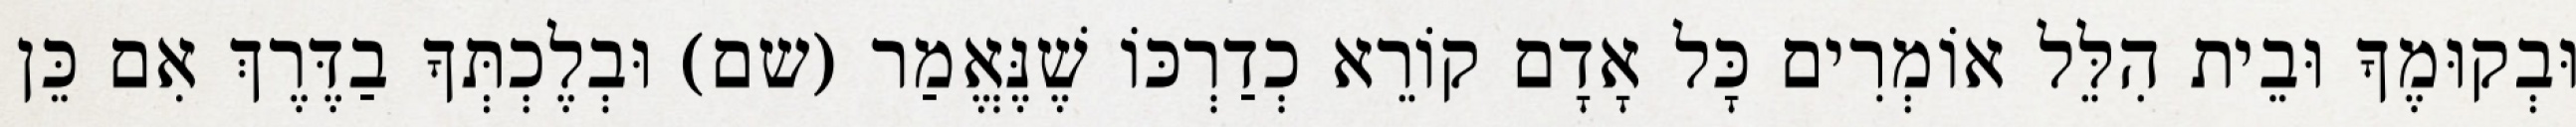
וּבְקוּמֶךָ וּבֵית הִלֵּל אוֹמְרִים כָּל אָדָם קוֹרֵא כְדַרְכּוֹ שֶׁנֶּאֱמַר (שם) וּבְלֶכְתְּךָ בַדֶּרֶךְ אִם כֵּן